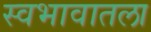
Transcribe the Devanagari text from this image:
स्वभावातला